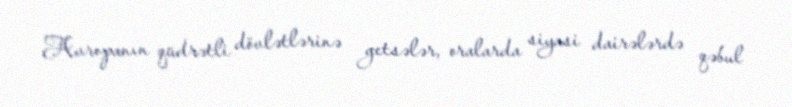
Avropanın qüdrətli dövlətlərinə getsələr, oralarda siyasi dairələrdə qəbul